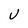
Character: U